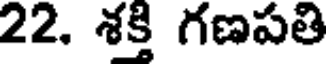
22. శక్తి గణపతి